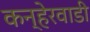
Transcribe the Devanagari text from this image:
कन्हेरवाडी